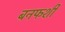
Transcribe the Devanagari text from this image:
बनफशी